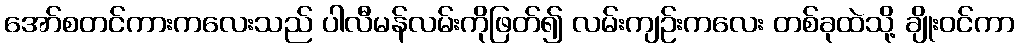
အော်စတင်ကားကလေးသည် ပါလီမန်လမ်းကိုဖြတ်၍ လမ်းကျဉ်းကလေး တစ်ခုထဲသို့ ချိုးဝင်ကာ